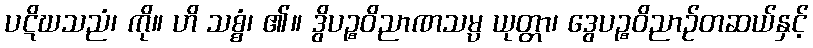
ပဋိဃသညံ၊ ကို။ ဟိ သစ္စံ၊ ၏။ ဒွိပဉ္စဝိညာဏသမ္ပ ယုတ္တာ၊ ဒွေပဉ္စဝိညာဉ်တဆယ်နှင့်